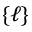
\{ \ell \}